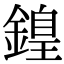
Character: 𨪽